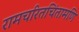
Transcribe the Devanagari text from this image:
रामचरितचिंतामणि